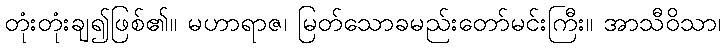
တုံးတုံးချ၍ဖြစ်၏။ မဟာရာဇ၊ မြတ်သောခမည်းတော်မင်းကြီး။ အာသီဝိသာ၊